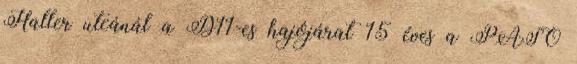
Haller utcánál a D11-es hajójárat 15 éves a PASO